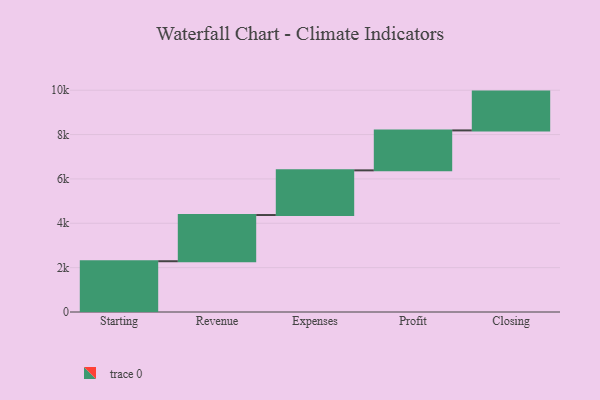
{"axis": {"x": "Step", "y": "Value"}, "legend": [""], "data": [{"x": "Starting", "y": 2289.0, "type": ""}, {"x": "Revenue", "y": 2083.0, "type": ""}, {"x": "Expenses", "y": 2014.0, "type": ""}, {"x": "Profit", "y": 1801.0, "type": ""}, {"x": "Closing", "y": 1750.0, "type": ""}]}